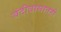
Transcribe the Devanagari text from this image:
बंदीवासातही